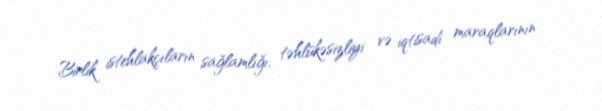
Birlik istehlakçıların sağlamlığı, təhlükəsizliyi və iqtisadi maraqlarının